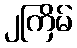
၂ကြိမ်